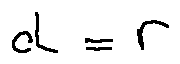
d = r